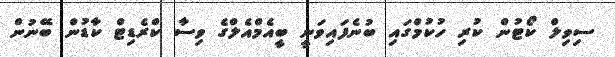
ސިވިލް ކޯޓުން ކުރި ހުކުމްގައި ބުނެފައިވަނީ ބީއެމްއެލްގެ ވިސާ ކްރެޑިޓް ކާޑުން ބޭނުން